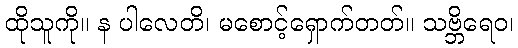
ထိုသူကို။ န ပါလေတိ၊ မစောင့်ရှောက်တတ်။ သဗ္ဘိရေဝ၊